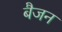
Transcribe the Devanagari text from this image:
बैजन